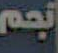
نجم